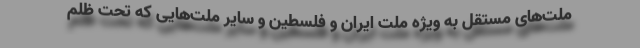
ملت‌های مستقل به ویژه ملت ایران و فلسطین و سایر ملت‌هایی که تحت ظلم